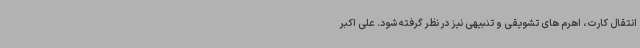
انتقال کارت، اهرم های تشویقی و تنبیهی نیز در نظر گرفته شود. علی اکبر